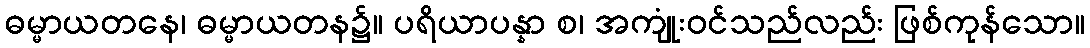
ဓမ္မာယတနေ၊ ဓမ္မာယတန၌။ ပရိယာပန္နာ စ၊ အကျုံးဝင်သည်လည်း ဖြစ်ကုန်သော။